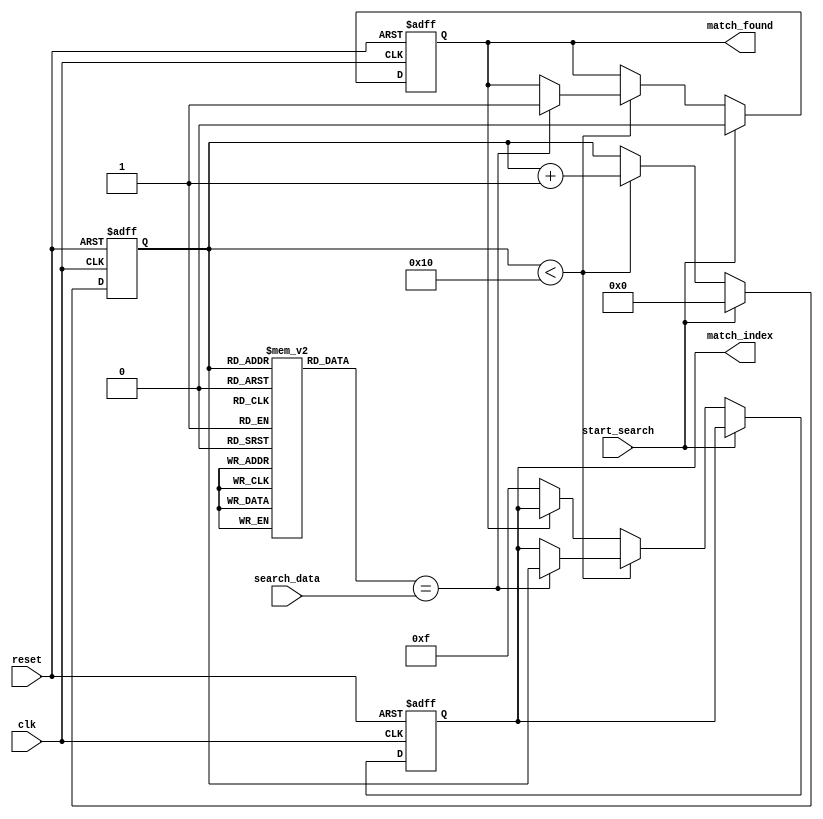
module sequential_cam #(
    parameter N = 16,  // Number of entries in the CAM
    parameter W = 8    // Width of each entry in bits
)(
    input wire clk,                  // Clock signal
    input wire reset,                // Reset signal
    input wire [W-1:0] search_data,  // Data to search for
    input wire start_search,         // Signal to start the search
    output reg match_found,          // Match found indicator
    output reg [3:0] match_index     // Index of the matching entry
);

    // Memory array to store entries
    reg [W-1:0] memory_array [0:N-1];

    // Internal signals
    reg [3:0] current_index;         // Current index for sequential search
    reg [N-1:0] match_results;       // Match results for each entry

    // Initialization of memory entries (for simulation purposes)
    initial begin
        // Example initialization (customize as needed)
        memory_array[0] = 8'hAA;
        memory_array[1] = 8'hBB;
        memory_array[2] = 8'hCC;
        memory_array[3] = 8'hDD;
        memory_array[4] = 8'hEE;
        memory_array[5] = 8'hFF;
        // Initialize other entries as required
    end

    // Sequential search process
    always @(posedge clk or posedge reset) begin
        if (reset) begin
            match_found <= 0;
            match_index <= 4'b0000;
            current_index <= 4'b0000;
            match_results <= 0;
        end else if (start_search) begin
            // Reset match results for this search
            match_results <= 0;
            match_found <= 0;
            current_index <= 0; // Start from the first entry
        end else if (current_index < N) begin
            // Compare search data with current entry
            if (memory_array[current_index] == search_data) begin
                match_found <= 1;
                match_index <= current_index; // Store the matching index
                match_results[current_index] <= 1; // Set match result
            end
            current_index <= current_index + 1; // Move to the next entry
        end else begin
            // End of search, no more entries to check
            if (!match_found) begin
                match_index <= 4'b1111; // No match found, use a special value
            end
        end
    end

endmodule